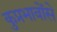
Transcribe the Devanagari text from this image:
कुप्रभावोंसे